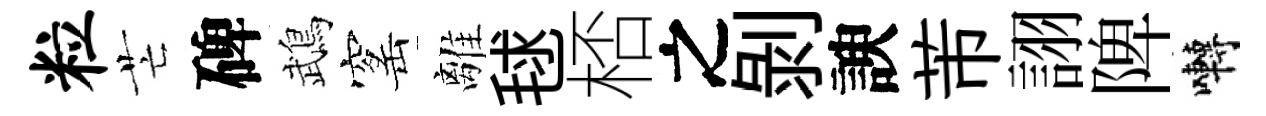
粒芒碑鵡窰離毬桮之剝諛芾詡陴囀